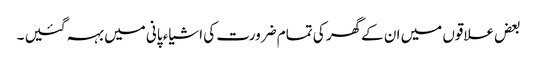
بعض علاقوں میں ان کےگھر کی تمام ضرورت کی اشیاء پانی میں بہہ گئیں ۔